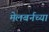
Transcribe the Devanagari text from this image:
मेलबर्नच्या